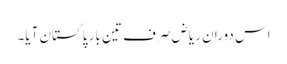
اس دوران ریاض صرف تین بار پاکستان آیا۔